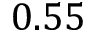
0 . 5 5